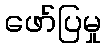
ဖော်ပြမှု